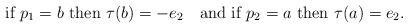
\begin{align*}\mbox{if } p_1=b \mbox{ then } \tau(b)= -e_2 \ \ \mbox{ and if } p_2=a \mbox{ then } \tau(a)= e_2. \end{align*}